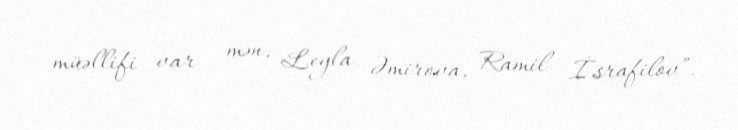
müəllifi var - mən, Leyla Əmirova, Ramil İsrafilov”.